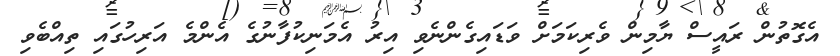
އެގޮތުން ރައީސް ޔާމިން ވެރިކަމަށް ވަޑައިގެންނެވި އިރު އެމަނިކުފާނުގެ އެންމެ އަރިހުގައި ތިއްބެވި